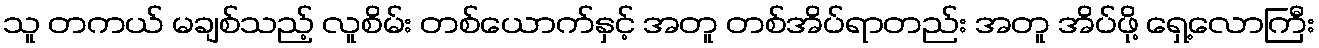
သူ တကယ် မချစ်သည့် လူစိမ်း တစ်ယောက်နှင့် အတူ တစ်အိပ်ရာတည်း အတူ အိပ်ဖို့ ရှေ့လောကြီး